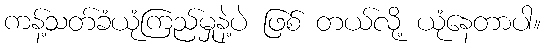
ကန့်သတ်ခံယုံကြည်မှုနဲ့ပဲ ဖြစ် တယ်လို့ ယုံနေတာပါ။